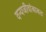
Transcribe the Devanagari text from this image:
वन्यजीवांबाबत